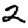
Digit: 2